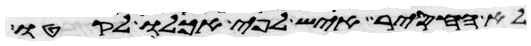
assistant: לא החסיר איש לפי אכלו לקטו